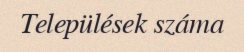
Települések száma